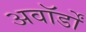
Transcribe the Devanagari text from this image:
अवॉर्डों